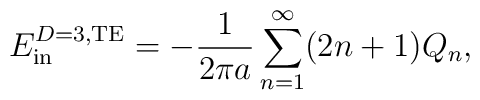
E_{\rm in}^{D=3,{\rm TE}}=-{1\over2\pi a}\sum_{n=1}^\infty(2n+1)Q_n,